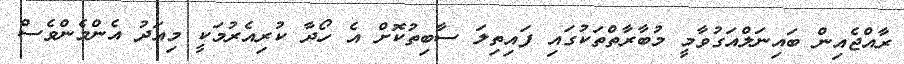
ރާއްޖެއިން ބައިނަލްއަގުވާމީ މުބާރާތްތަކުގައި ފައިތިލަ ސާބިތުކޮށް އެ ހޯދާ ކުރިއެރުމަކީ މިއަދު އެންމެންވެސް